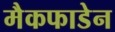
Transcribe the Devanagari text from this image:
मैकफाडेन